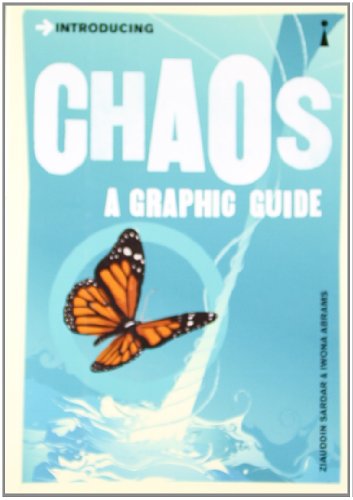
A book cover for Introducing Chaos: A Graphic Guide; Ziauddin Sardar; Science & Math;